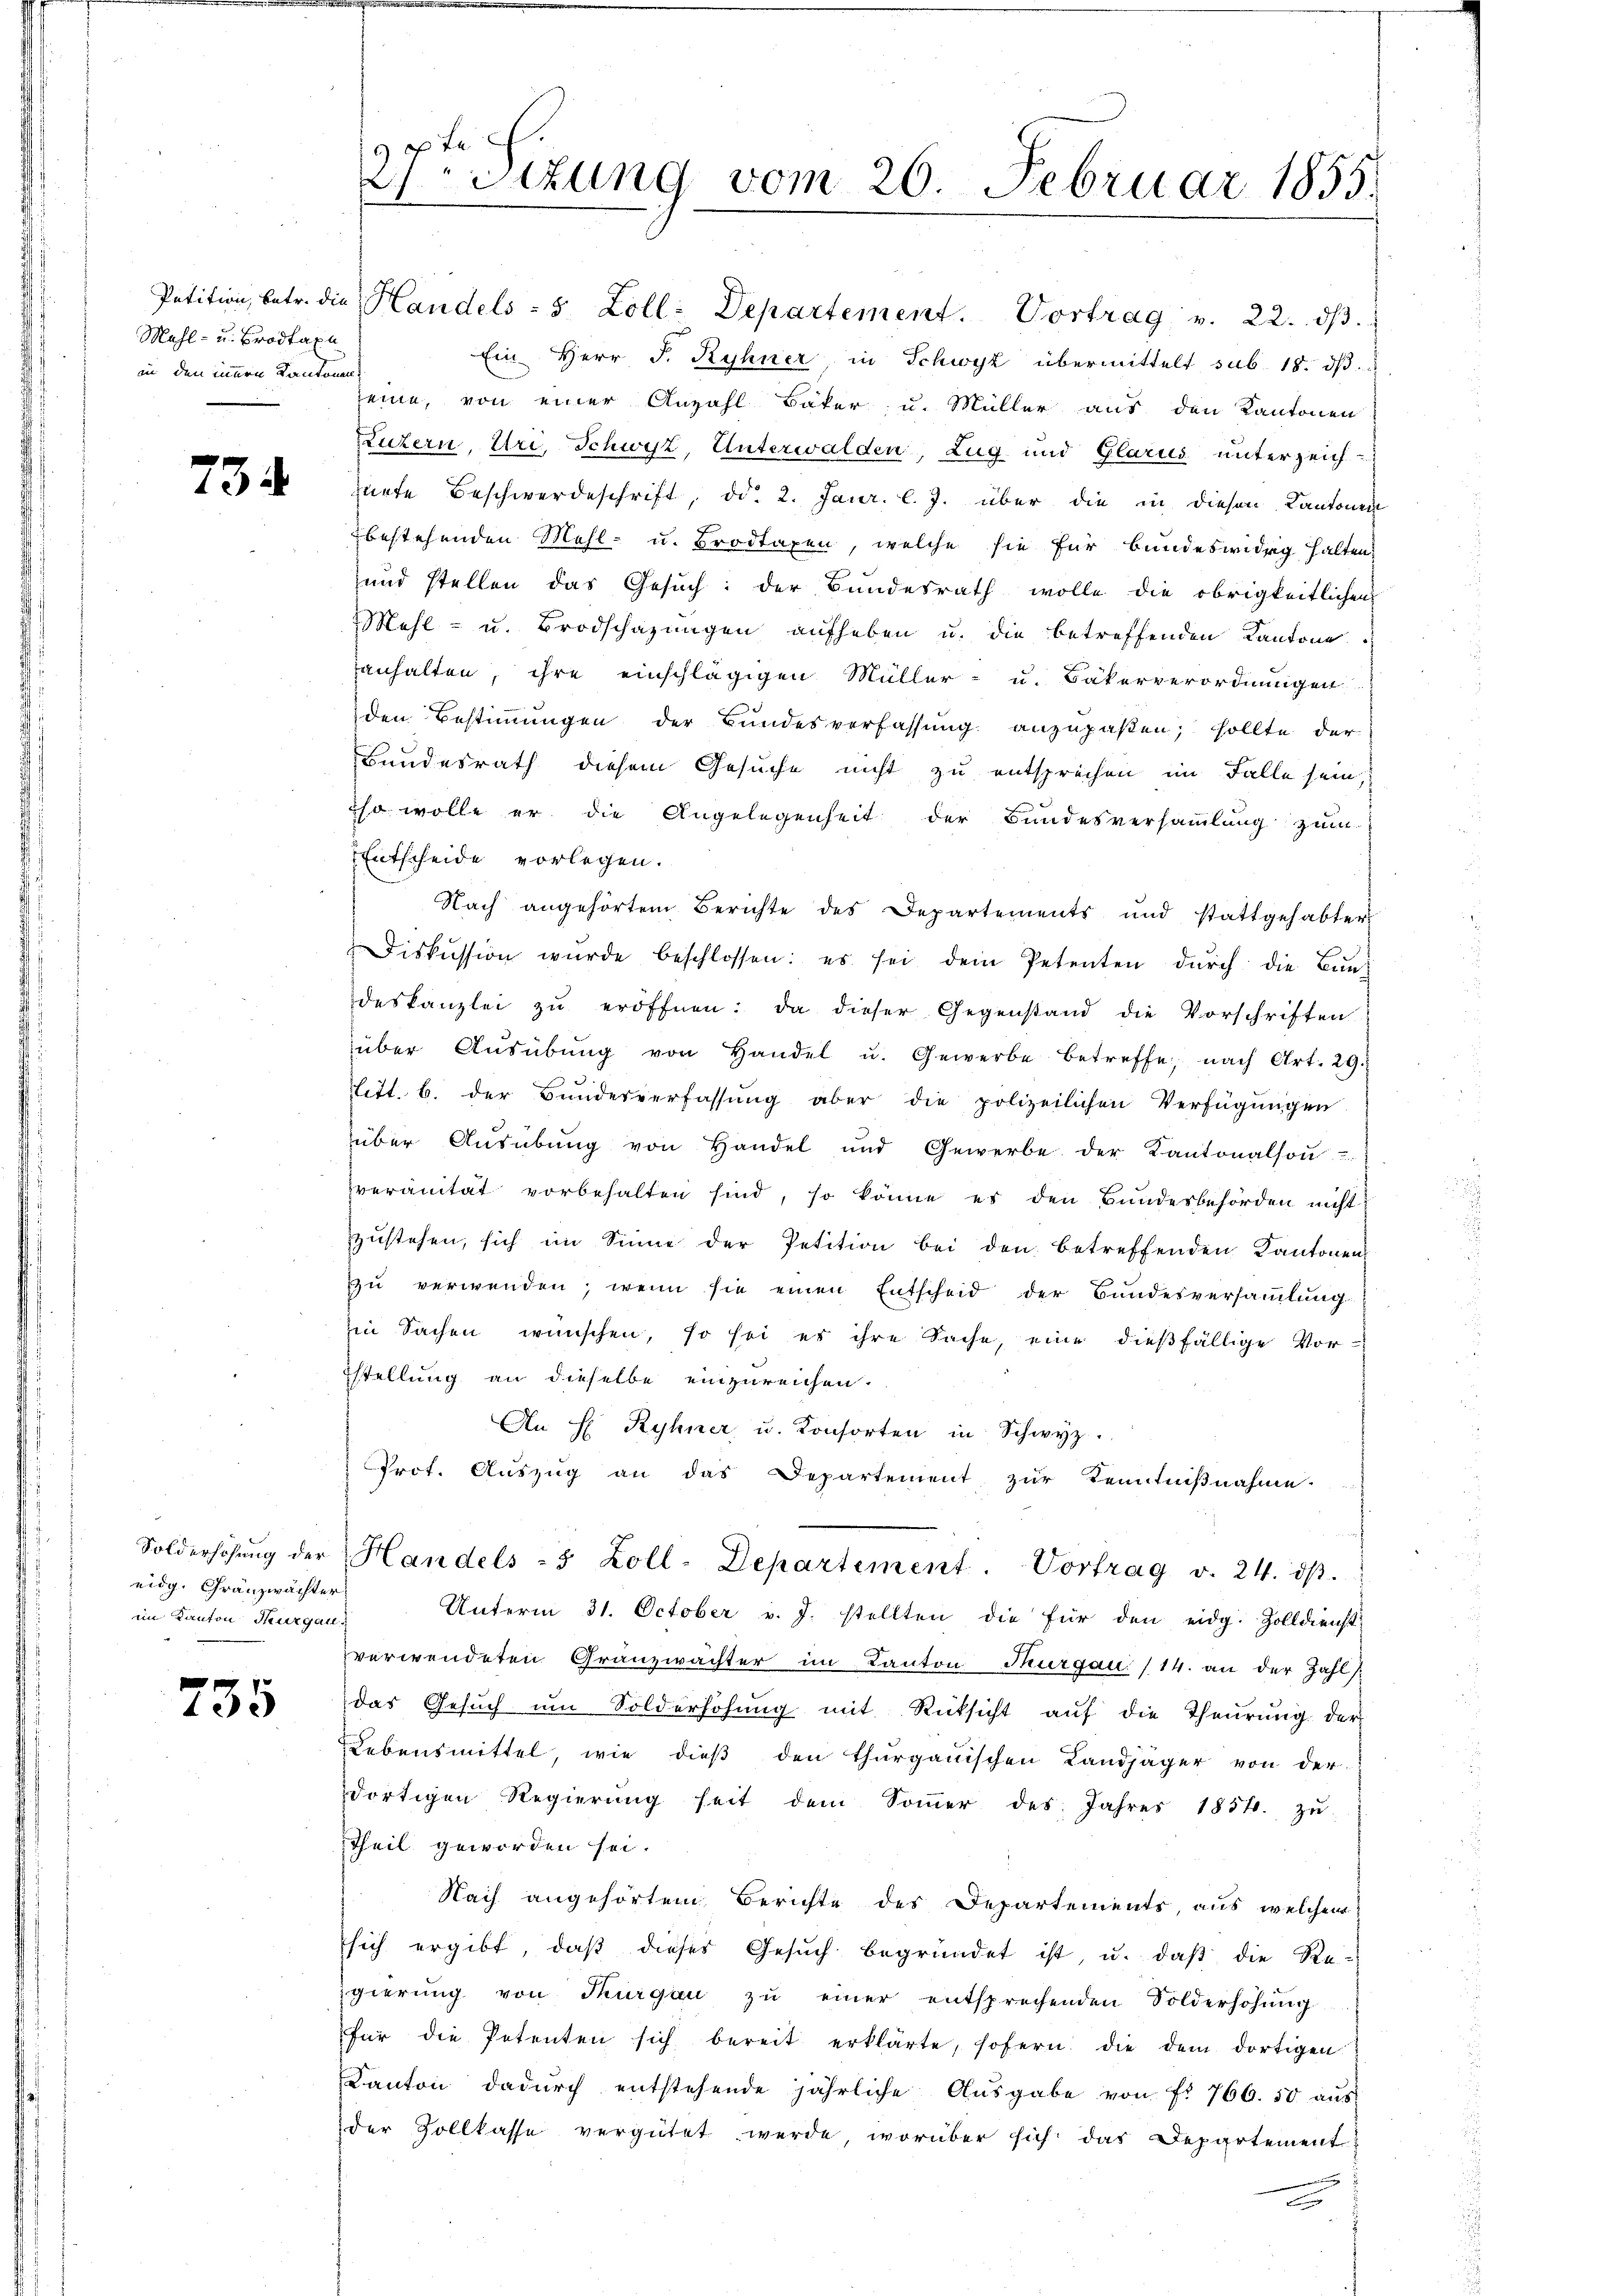
Mahl- u. Brodtaxe
in den innern Kantonen

734

eidg. Gränzwächter
im Kanton Thurgau

735

2sizung vom 26. Februar 1855.

Petition, betr. die Handels - 5 Zoll: Departement. Vortrag v. 22. dβ.
Ein Herr P. Ryhner in Schwyz übermittelt sub. 18. dβ
seine, von einer Anzahl Bäker u. Müller aus den Kantonen
Luzern, Uri, Schwyz, Unterwalden, Zug und Glarus unterzeichzürte Beschwerdeschrift, dd. 2. Janr. l. J. über die in diesen Kantonen
bestehenden Mehl u. Brodtaxen, welche sie für Bundeswidrig halten
und stellen das Gesuch: der Bundesrath wolle die obrigkeitlichen
Mehl - u. Brodschazungen aufheben u. die betreffenden Kantone
anhalten, ihre einschlägigen Müller- u. Bäkerverordnungen
den Bestimmungen der Bundesverfassung anzupaßen, sollte der
Bundesrath diesem Gesuche nicht zu entsprechen im Falle sein,
iso wolle er die Angelegenheit der Bundesversammlung zum
Entscheide vorlegen.
Nach angehörtem Berichte des Departements und stattgehabter
Diskussion wurde beschlossen: es sei dem Petenten dŭrch die Bundeskanzlei zu eröffnen: da dieser Gegenstand die Vorschriften
über Aŭsübŭng von Handel u. Gewerbe betreffe, nach Art. 29.
titt. b. der Bundesverfassung aber die polizeilichen Verfügungen
über Ausübung von Handel und Gewerbe der Kantonalson
veranität vorbehalten sind, so könne es den Bundesbehörden nicht
zŭstehen, sich im Sinne der Petition bei den betreffenden Kantonen
zu verwenden, wenn sie einen Entscheid der Bundesversammlung
in Sachen wünschen, so sei es ihre Sache, eine dießfällige Vorstellung an dieselbe einzureichen.
An H Ryhner u. Konsorten in Schwyz.
Prot. Auszug an das Departement zur Kenntnißnahme.
Solderhöhŭng der Handels 5 Zoll-Departement. Vortrag v. 24. dβ.
Unterm 31. October v. J. stellten die für den eidg. Zolldienst-
verwendeten Gränzwachter im Kanton Thurgau (14. an der Zahl
das Gesuch um Sölderhöhung mit Rücksicht auf die Theurung der
Lebensmittel, wie dieß den Thurgauischen Landjäger von der
dortigen Regierŭng heit dem Soṁer des Jahres 1854. zŭ
Theil geworden sei.
Nach angehörtem Berichte des Departements, aus welchem
sich ergibt, daβ dieses Gesŭch begründet ist, u. daβ die Re-
gierung von Thurgau zŭ einer entsprechenden Solderhöhŭng
für die Petenten sich bereit erklärte, sofern die dem dortigen
Kanton dadŭrch entstehende jährliche Aŭsgabe von f. 766. 50 aŭs
der Zollkasse vergütet werde, worüber sich das Departement

d